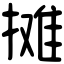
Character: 摊